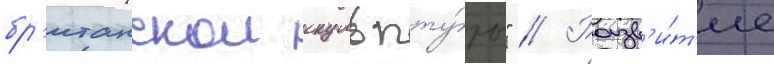
бр'итанскои скульпту́ры" // Разв'и́т'ие